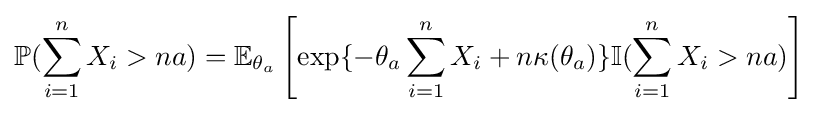
\mathbb {P} (\sum _{i=1}^{n}X_{i}>na)=\mathbb {E} _{\theta _{a}}\left[\exp\{-\theta _{a}\sum _{i=1}^{n}X_{i}+n\kappa (\theta _{a})\}\mathbb {I} (\sum _{i=1}^{n}X_{i}>na)\right]